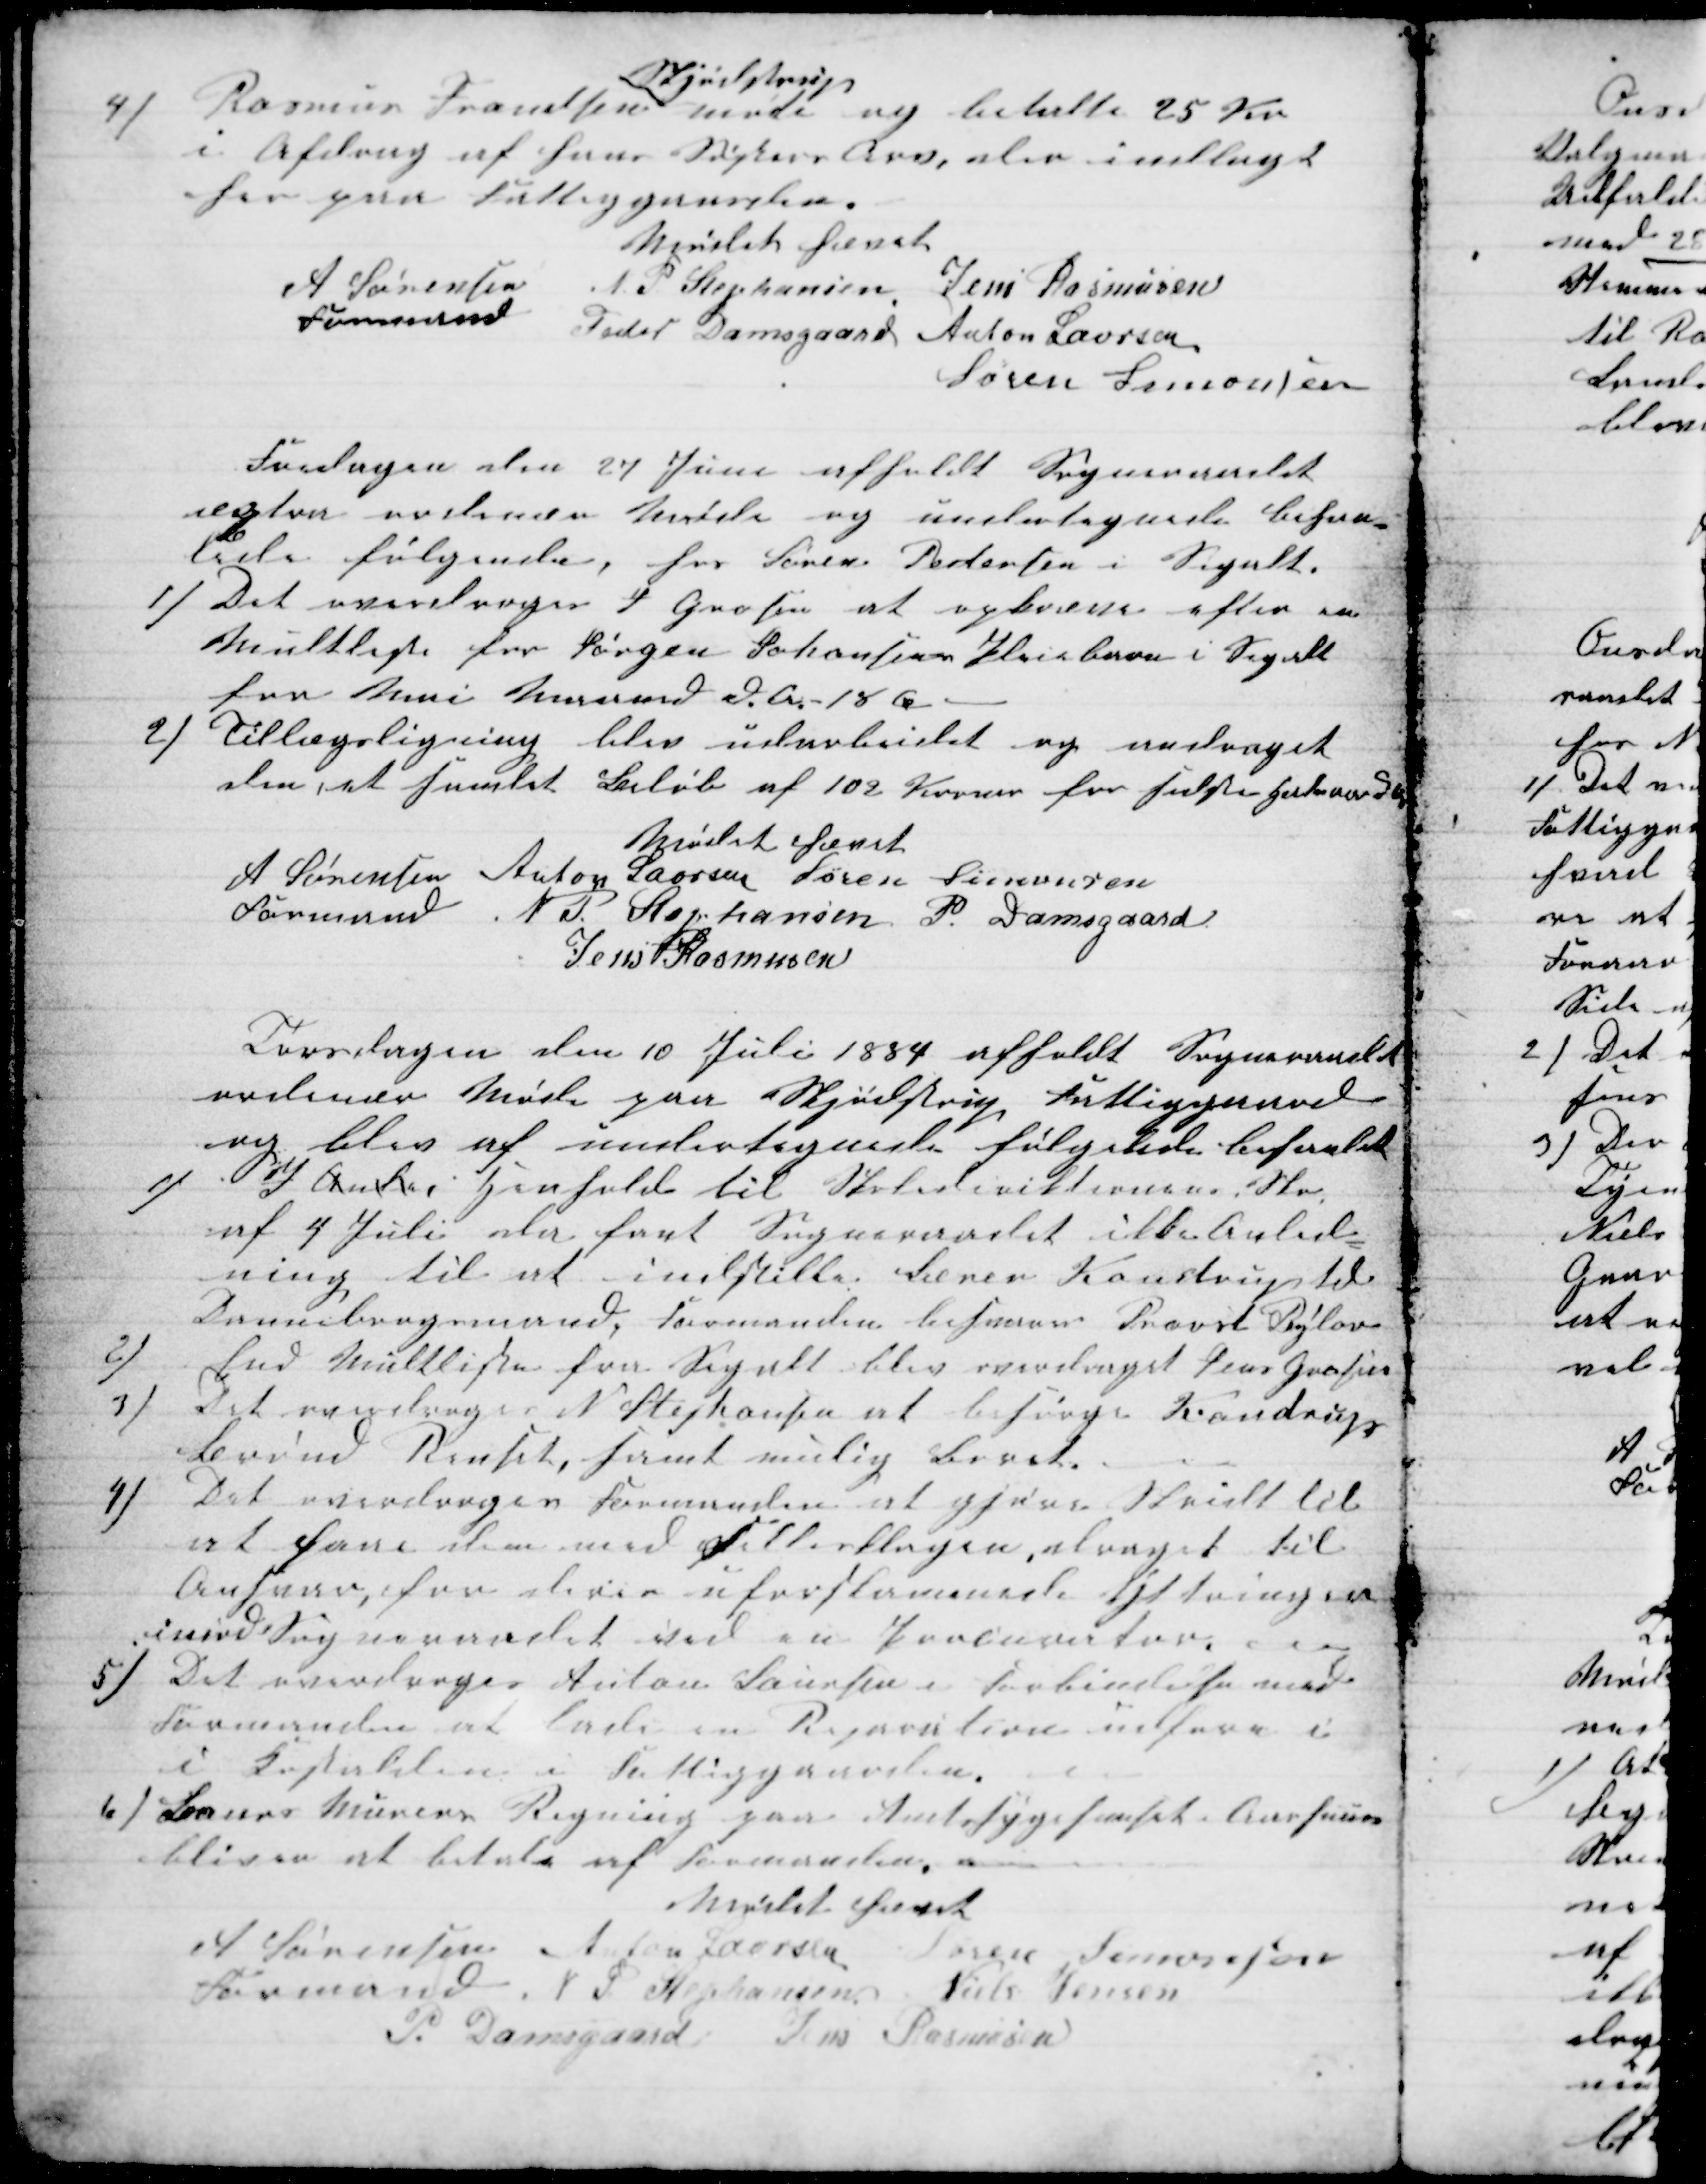
Transskription:
4)
Rasmus Frandsen 
Skjødstrup
møde og betalte 25 Kr
i Afdrag af hans Søsters Arv, der indlagt
her paa Fattiggaarden.
Mødet hævet
A Sørensen 
Formand
N. P. Stephansen Jens Rasmusen
Peder Damsgaard Anton Laursen
Søren Simonsen
Fredagen den 27 Juni afholdt Sogneraadet
extra ordinær Møde og undertegnede behan-
lede følgende, hos Søren Pedersen i Segalt.
1) Det overdroges J Grosen at opkræve efter en
Mulkliste for Jørgen Johansens Pleiebarn i Segalt
for Mai Maaned d. A.- 18 Øre
2)
Tillægsligning blev udarbeidet og andraget
den, et samlet Beløb af 102 Kroner for sidste Halvaar 
Mødet hævet
A Sørensen 
Formand
Anton Laursen Søren Simonsen
N. P. Stephansen P. Damsgaard
Jens Rasmusen
Torsdagen den 10 Juli 1884 afholdt Sogneraadet
ordinær Møde paa Skjødstrup Fattiggaard
og blev af undertegnede følgelede behanlet
1)
I Ander Henhold til Skolediriktionens Skr.
af 4 Juli der fant Sogneraadet ikke Anled-
ning til at indstille Søren Kondrup til
Dannebrogsmand, Formanden besvarer Provst Bylov
2)
End Mulkliste fra Segalt blev overdraget Jens Grosen
3)
Det overdroges N Stephansen at besørge Kondrups
Brønd Renset, samt mulig Boret
4)
Det overdroges Formanden at gjøre Skridt til
at faae dem med Skatteklagen, draget til
Ansvar, for deres uforskammede Yttringer
imod Sogneraadet ved en Procurator
5) Det overdroges Anton Laursen i forbindelse med
Formanden at lade en Reparation udføre i
i Kostalden i Fattiggaarden.
6) Laurs Murers Regning paa Amtsygehuset i Aarhuus
bliver at betale af Formanden.
Mødet hævet
A Sørensen 
Formand 
Anton Laursen Søren Simonsen
N P Stephansen Niels Jensen
P. Damsgaard Jens Rasmusen